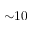
{ \sim } 1 0